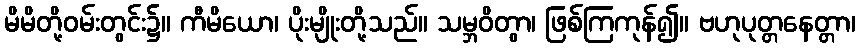
မိမိတို့ဝမ်းတွင်း၌။ ကီမိယော၊ ပိုးမျိုးတို့သည်။ သမ္ဘဝိတွာ၊ ဖြစ်ကြကုန်၍။ ဗဟုပုတ္တနေတ္တာ၊